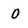
Character: 0